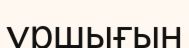
ұршығын